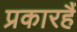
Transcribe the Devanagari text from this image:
प्रकारहैं